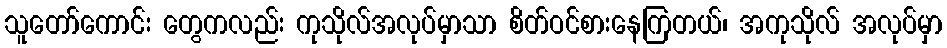
သူတော်ကောင်း တွေကလည်း ကုသိုလ်အလုပ်မှာသာ စိတ်ဝင်စားနေကြတယ်၊ အကုသိုလ် အလုပ်မှာ